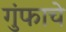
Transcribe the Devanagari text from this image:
गुंफाचे